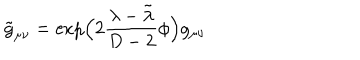
\tilde { g } _ { \mu \nu } = \exp \! \Big ( 2 \frac { \lambda - \tilde { \lambda } } { D - 2 } \phi \Big ) g _ { \mu \nu }